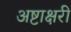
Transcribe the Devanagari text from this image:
अष्टाक्षरी